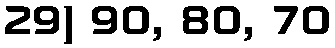
29) 90, 80, 70